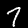
Digit: 7